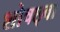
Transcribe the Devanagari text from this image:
शोषछ्वा